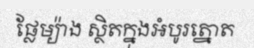
ផ្លែម្យ៉ាង ស្ថិតក្នុងអំបូរត្នោត